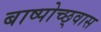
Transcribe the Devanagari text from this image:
बाष्पोच्छ्‌वास